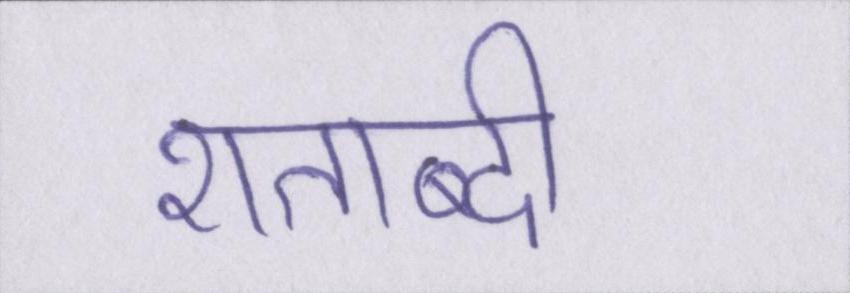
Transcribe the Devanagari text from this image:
शताब्दी